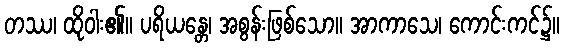
တဿ၊ ထိုဝါး၏။ ပရိယန္တေ၊ အစွန်းဖြစ်သော။ အာကာသေ၊ ကောင်းကင်၌။